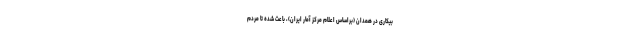
بیکاری در همدان (براساس اعلام مرکز آمار ایران)، باعث شده تا مردم